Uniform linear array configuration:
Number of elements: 24
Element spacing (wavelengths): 1
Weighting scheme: exponential
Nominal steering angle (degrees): -30
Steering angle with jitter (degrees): -31.923
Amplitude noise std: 0.05
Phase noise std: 0.05

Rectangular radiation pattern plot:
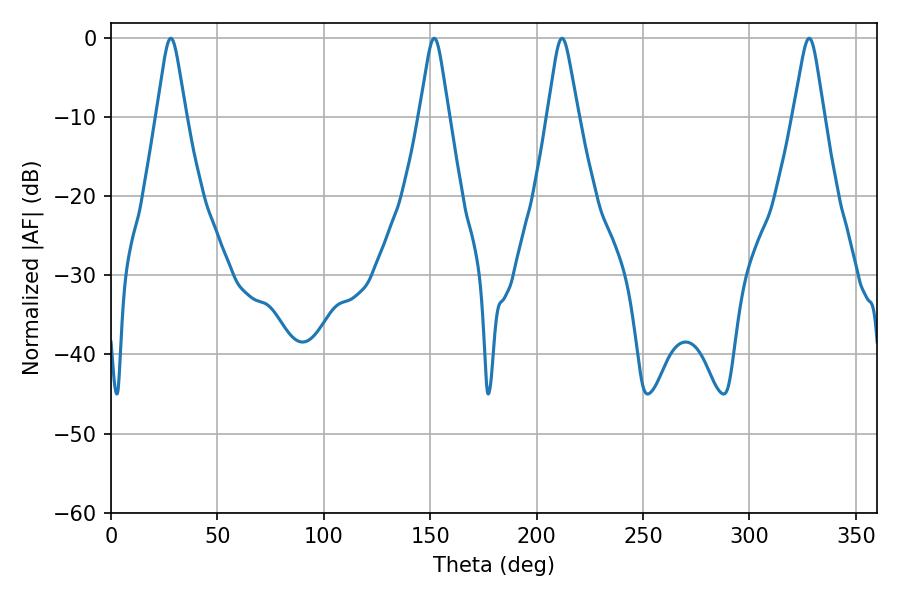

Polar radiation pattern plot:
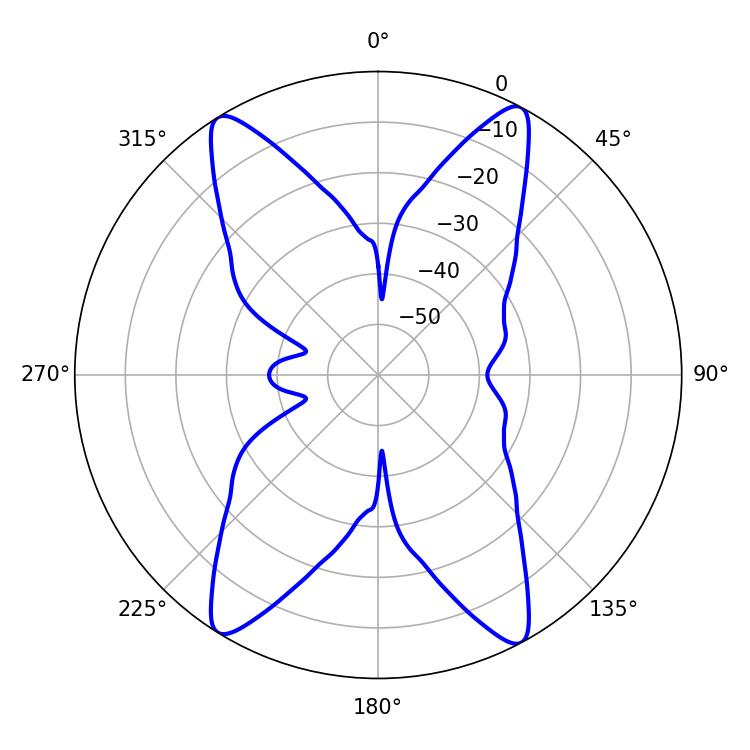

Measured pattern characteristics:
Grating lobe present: TRUE
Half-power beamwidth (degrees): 6.48
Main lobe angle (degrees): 28.08